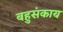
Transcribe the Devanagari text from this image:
बहुसंकाय